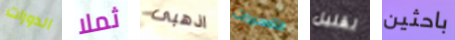
الدورات ثملا اذهبى التفسيرات لقليل باحثين